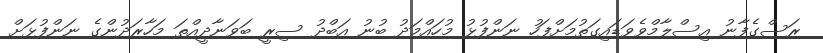
ރަސްގެފާނު އިސްލާމްވެވަޑައިގަތުމަށްފަހު ނަންފުޅު މުހައްމަދު ބުނު އަބްދު ސިރީ ބަވަނާދީއްތަ މަހާރަދުންގެ ނަންފުޅަށް